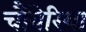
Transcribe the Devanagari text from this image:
चौबेरिया